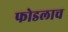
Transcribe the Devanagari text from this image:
फोडलाच